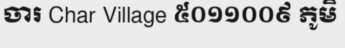
ចារ Char Village ៥០១១០០៩ ភូមិ